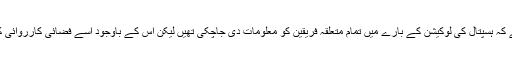
تنظیم کا کہنا ہے کہ ہسپتال کی لوکیشن کے بارے میں تمام متعلقہ فریقین کو معلومات دی جاچکی تھیں لیکن اس کے باوجود اسے فضائی کارروائی کا نشانہ بنایا گیا۔